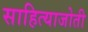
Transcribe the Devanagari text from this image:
साहित्याजोती